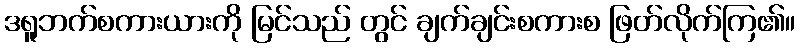
ဒရူဘက်စကားယားကို မြင်သည် တွင် ချက်ချင်းစကားစ ဖြတ်လိုက်ကြ၏။